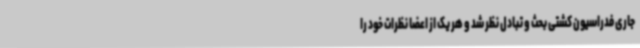
جاری فدراسیون کشتی بحث و تبادل نظر شد و هر یک از اعضا نظرات خود را